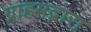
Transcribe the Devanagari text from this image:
ग्राहमद्वारा